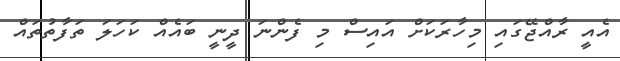
އެއީ ރާއްޖޭގައި މިހާރަކަށް އައިސް މި ފެންނަ ދީނީ ބައެއް ކަހަލަ ތަފާތުތައް